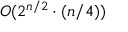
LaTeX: O ( 2 ^ { n / 2 } \cdot ( n / 4 ) )